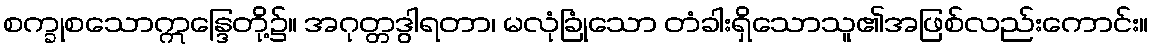
စက္ခုစသောဣန္ဒြေတို့၌။ အဂုတ္တဒွါရတာ၊ မလုံခြုံသော တံခါးရှိသောသူ၏အဖြစ်လည်းကောင်း။